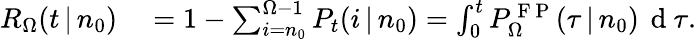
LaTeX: \begin{array}{rl}{R_{\Omega}(t\, |\, n_{0})}&{{}=1-\sum_{i=n_{0}}^{\Omega-1}P_{t}(i\, |\, n_{0})=\int_{0}^{t}P_{\Omega}^{\mathrm{~F~P~}}(\tau\, |\, n_{0})\, \mathrm{~d~}\tau.}\end{array}